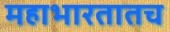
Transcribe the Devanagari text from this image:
महाभारतातच